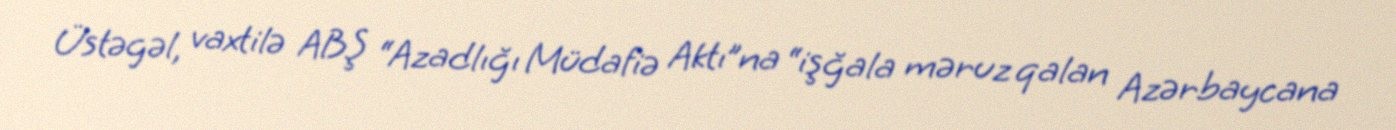
Üstəgəl, vaxtilə ABŞ “Azadlığı Müdafiə Aktı”na “işğala məruz qalan Azərbaycana